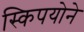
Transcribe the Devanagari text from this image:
स्किपयोने